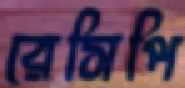
রেসিপি